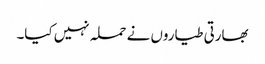
بھارتی طیاروں نے حملہ نہیں کیا۔